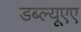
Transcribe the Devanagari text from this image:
डब्ल्यूएए